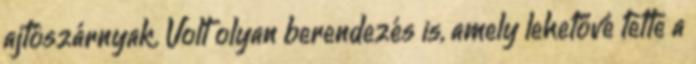
ajtószárnyak. Volt olyan berendezés is, amely lehetővé tette a